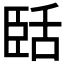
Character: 𬛥